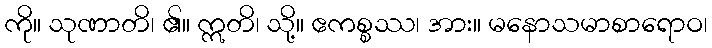
ကို။ သုဏာတိ၊ ၏။ ဣတိ၊ သို့။ ဧကစ္စဿ၊ အား။ မနောသမာစာရောဝ၊